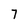
Character: 7